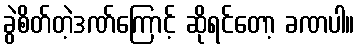
ခွဲစိတ်တဲ့ဒဏ်ကြောင့် ဆိုရင်တော့ ခဏပါ။